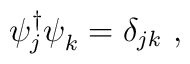
\psi_j^\dagger \psi^{}_k = \delta_{jk}~,